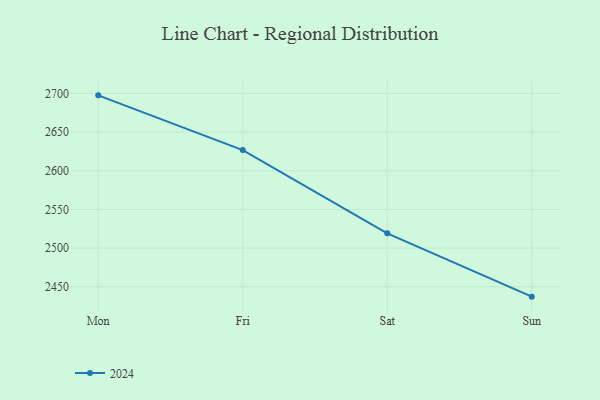
{"axis": {"x": "Day", "y": "Tickets Resolved"}, "legend": ["2024"], "data": [{"x": "Mon", "y": 2697.6, "type": "2024"}, {"x": "Fri", "y": 2626.8, "type": "2024"}, {"x": "Sat", "y": 2519.2, "type": "2024"}, {"x": "Sun", "y": 2437.3, "type": "2024"}]}